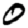
Digit: 0